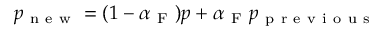
p _ { \mathrm { ~ n ~ e ~ w ~ } } = ( 1 - \alpha _ { \mathrm { ~ F ~ } } ) p + \alpha _ { \mathrm { ~ F ~ } } p _ { \mathrm { ~ p ~ r ~ e ~ v ~ i ~ o ~ u ~ s ~ } }